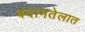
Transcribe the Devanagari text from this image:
बदामतेलात